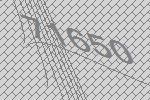
71650